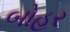
બોહર